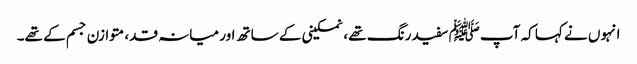
انہوں نے کہا کہ آپﷺ سفید رنگ تھے ، نمکینی کے ساتھ اور میانہ قد، متوازن جسم کے تھے۔